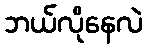
ဘယ်လိုနေလဲ